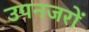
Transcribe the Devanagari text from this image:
उपनजरों